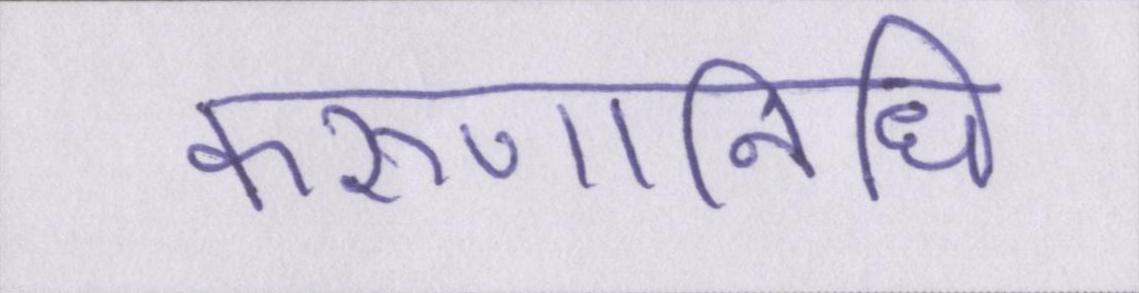
करुणानिधि